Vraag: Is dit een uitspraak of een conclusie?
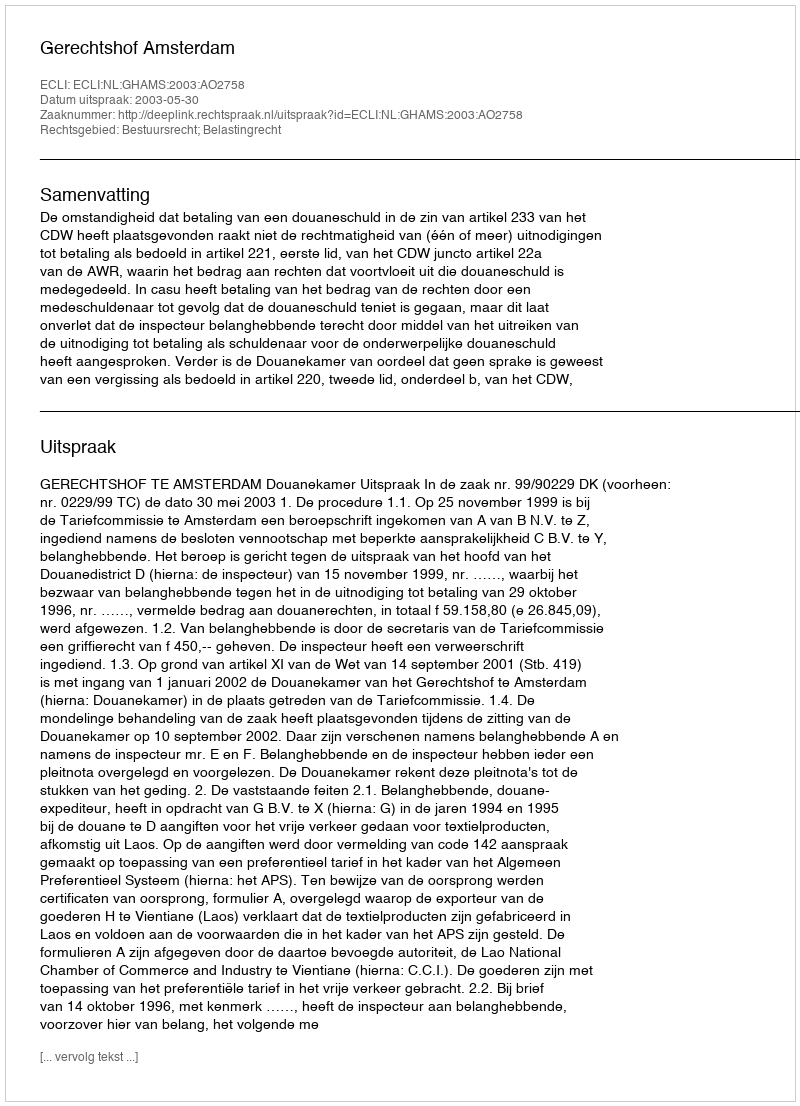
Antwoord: Uitspraak